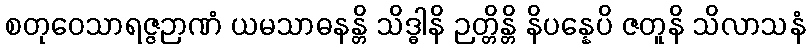
စတုဝေသာရဇ္ဇဉာဏံ ယမသာဓနန္တိ သိဒ္ဓါနိ ဉတ္တိန္တိ နိပန္နေပိ ဇတူနိ သိလာသနံ